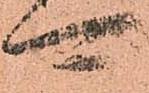
可